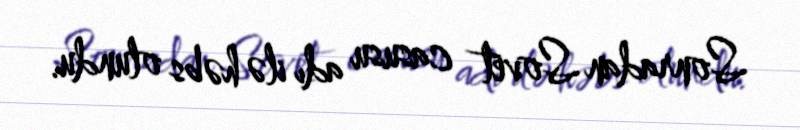
Sonradan Sovet casusu adı ilə həbs olundu.